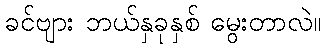
ခင်ဗျား ဘယ်နှခုနှစ် မွေးတာလဲ။